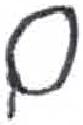
אות: ם